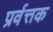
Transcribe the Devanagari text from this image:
प्रर्वत्तक